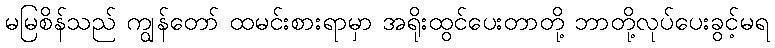
မမြစိန်သည် ကျွန်တော် ထမင်းစားရာမှာ အရိုးထွင်ပေးတာတို့ ဘာတို့လုပ်ပေးခွင့်မရ